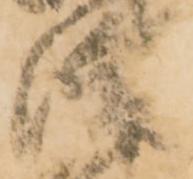
津